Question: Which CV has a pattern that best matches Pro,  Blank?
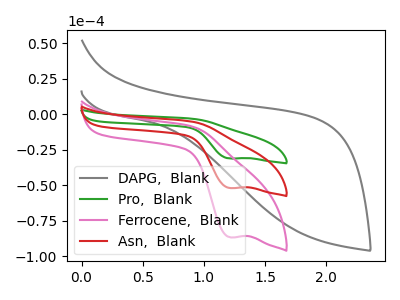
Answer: <think>The gray curve "DAPG,  Blank" has no peaks. The green curve "Pro,  Blank" has a cathodic peak at: (1.20V, -103.75uA). The pink curve "Ferrocene,  Blank" has a cathodic peak at: (1.20V, -86.60uA). The red curve "Asn,  Blank" has a cathodic peak at: (1.20V, -51.90uA).
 "DAPG,  Blank" and "Pro,  Blank" have a different number of peaks. "DAPG,  Blank" and "Ferrocene,  Blank" have a different number of peaks. "DAPG,  Blank" and "Asn,  Blank" have a different number of peaks. All the peaks in "Pro,  Blank" have a peak in "Ferrocene,  Blank" at the same potential. Every peak in "Pro,  Blank" is higher than every peak in "Ferrocene,  Blank". All the peaks in "Pro,  Blank" have a peak in "Asn,  Blank" at the same potential. Every peak in "Pro,  Blank" is higher than every peak in "Asn,  Blank". All the peaks in "Ferrocene,  Blank" have a peak in "Asn,  Blank" at the same potential. Every peak in "Ferrocene,  Blank" is higher than every peak in "Asn,  Blank".</think>
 <answer>"Pro,  Blank" and "Asn,  Blank" have a similar shape to "Ferrocene,  Blank".</answer>
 <eval>"Pro,  Blank" "Asn,  Blank"</eval>